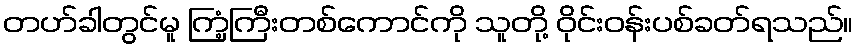
တဟ်ခါတွင်မူ ကြံ့ကြီးတစ်ကောင်ကို သူတို့ ဝိုင်းဝန်းပစ်ခတ်ရသည်။